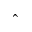
\hat { \ }